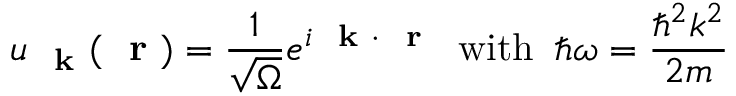
u _ { \mathrm { ~ \bf ~ k ~ } } ( \mathrm { ~ \bf ~ r ~ } ) = \frac { 1 } { \sqrt { \Omega } } e ^ { i \mathrm { ~ \bf ~ k ~ } \cdot \mathrm { ~ \bf ~ r ~ } } \; \; \mathrm { w i t h } \; \; \hbar \omega = \frac { \hbar ^ { 2 } k ^ { 2 } } { 2 m }